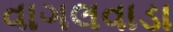
વાગલવાડા